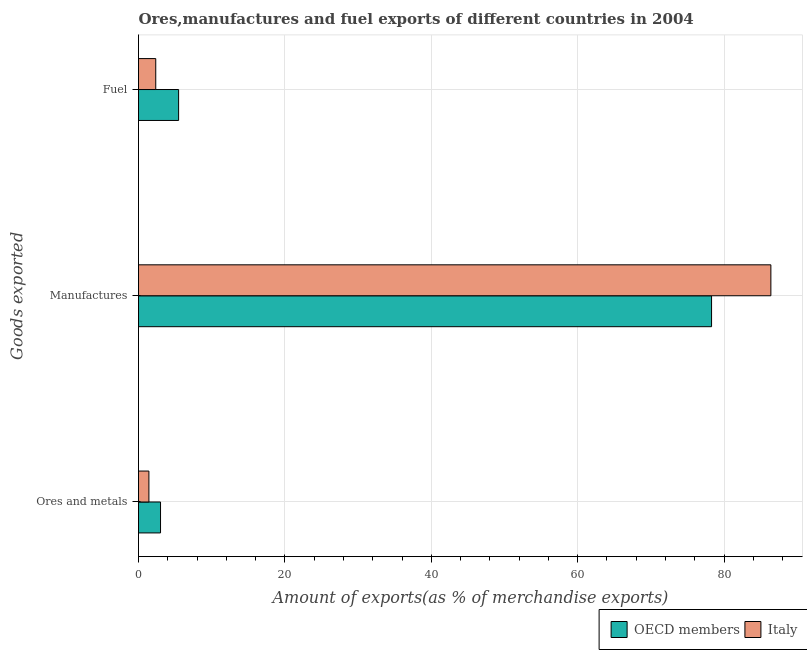
| Goods exported | OECD members | Italy |
 | --- | --- | --- |
 | Ores and metals | 3.01 | 1.42 |
 | Manufactures | 78.3 | 86.4 |
 | Fuel | 5.48 | 2.36 |